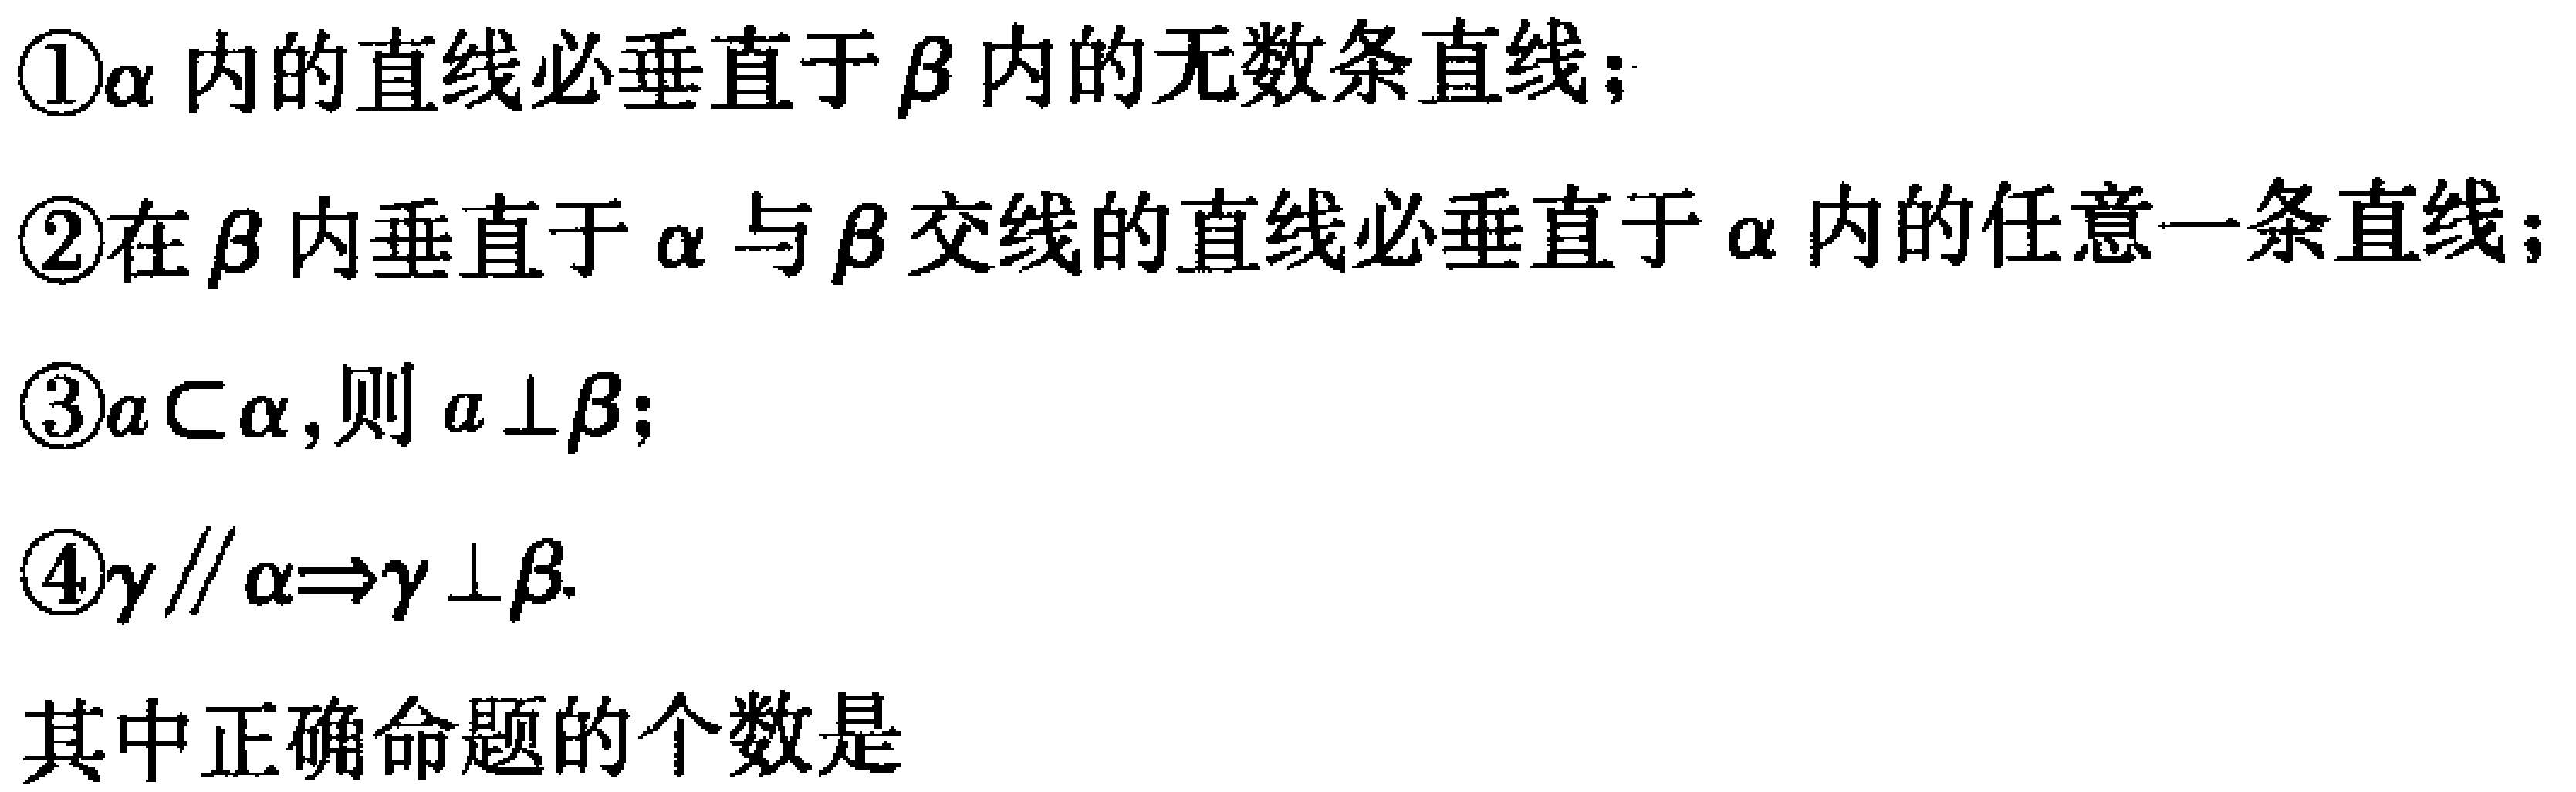
\textcircled{1}$\alpha$内的直线必垂直于$\beta$内的无数条直线；
\textcircled{2}在$\beta$内垂直于$\alpha$与$\beta$交线的直线必垂直于$\alpha$内的任意一条直线；
\textcircled{3}$a\subset \alpha$,则$a\perp\beta$;
\textcircled{4}$\gamma\parallel\alpha\Rightarrow\gamma\perp\beta$.

其中正确命题的个数是